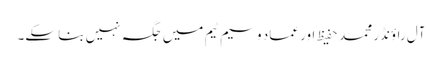
آل راؤنڈر محمد حفیظ اور عماد وسیم ٹیم میں جگہ نہیں بنا سکے۔